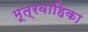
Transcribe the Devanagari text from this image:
मूत्रवाहिका